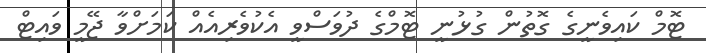
ޓޮމް ކައިވެނީގެ ގޮތުން ގުޅުނީ ޓޮމްގެ ދުވަސްވީ އެކުވެރިއެއް ކަމަށްވާ ޖޭމީ ވައިޓް